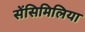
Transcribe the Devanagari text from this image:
सेंसिमिलिया